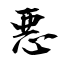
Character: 悪